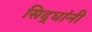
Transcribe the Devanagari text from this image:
सिद्धांनी